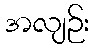
အလျဉ်း